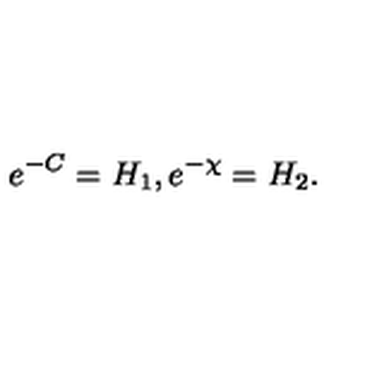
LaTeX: e ^ { - C } = H _ { 1 } , e ^ { - \chi } = H _ { 2 } .